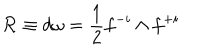
{ \cal R } \equiv d \omega = { \frac { 1 } { 2 } } f ^ { - i } \wedge f ^ { + i }